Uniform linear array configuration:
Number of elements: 12
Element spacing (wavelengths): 0.5
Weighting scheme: exponential
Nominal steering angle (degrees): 30
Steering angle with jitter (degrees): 30.542
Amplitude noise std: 0.05
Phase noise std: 0.05

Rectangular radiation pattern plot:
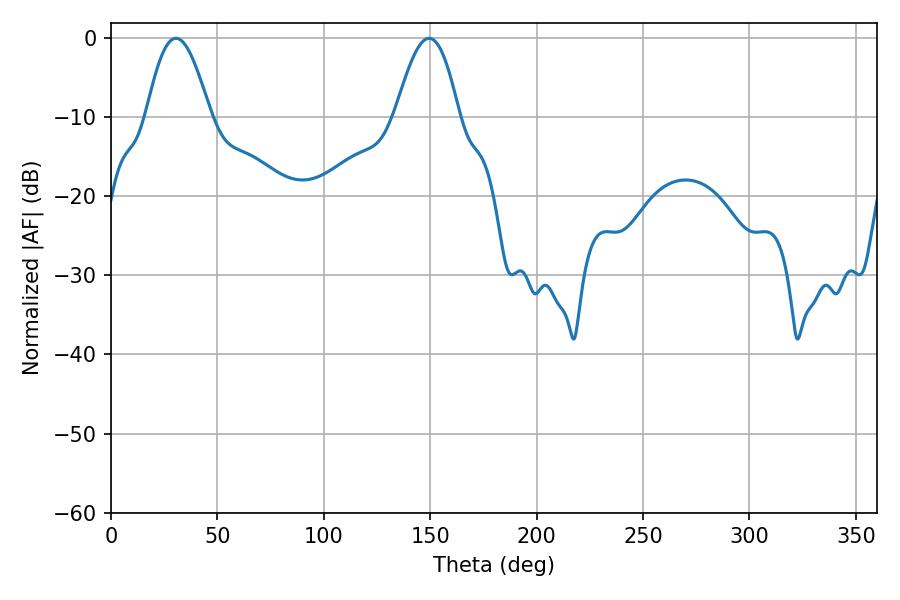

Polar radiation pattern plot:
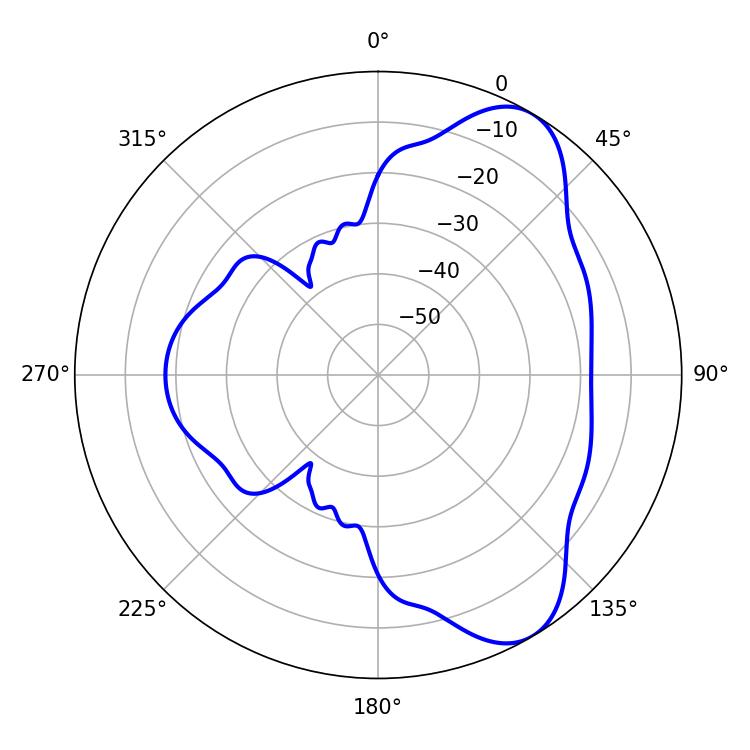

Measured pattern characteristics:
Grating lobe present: FALSE
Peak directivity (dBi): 7.611
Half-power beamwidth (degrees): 16.2
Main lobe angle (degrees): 30.6